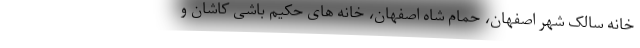
خانه سالک شهر اصفهان، حمام شاه اصفهان، خانه های حکیم باشی کاشان و